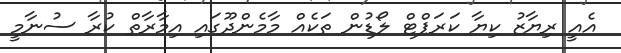
އެއީ ރިޔާޒު ކިޔާ ކަރަޕްޓް ލޯޑުން ތަކެއް މާމެންދޫގައި އިމާރާތް ކުރާ ސުނާމީ